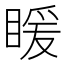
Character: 䁔